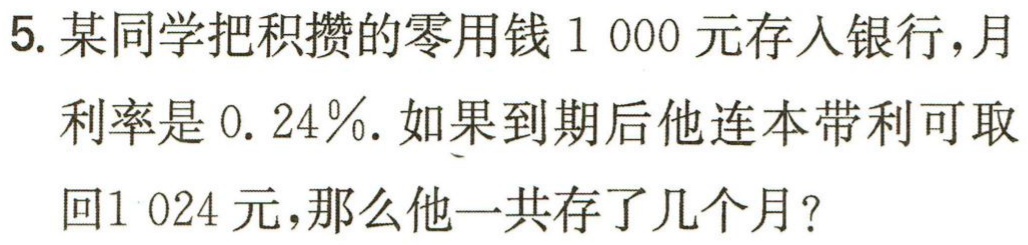
5. 某同学把积攒的零用钱1 000元存入银行，月利率是0.24％. 如果到期后他连本带利可取回1 024元，那么他一共存了几个月？